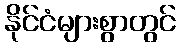
နိုင်ငံများစွာတွင်